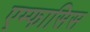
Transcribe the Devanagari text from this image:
एम्फासिस